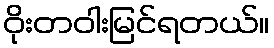
ဝိုးတဝါးမြင်ရတယ်။